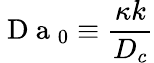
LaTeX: \mathrm{~D~a~}_{0}\equiv\frac{\kappa k}{D_{c}}